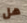
هل